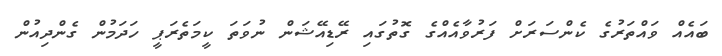
ބައެއް ވައްތަރުގެ ކެންސަރަށް ފަރުވާއެއްގެ ގޮތުގައި ރޭޑިއޭޝަން ނުވަތަ ކީމަތެރަޕީ ހަދަމުން ގެންދިއުން